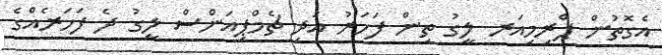
އެގޮތުން ޕްރިމިއަރ ލީގު ތިން ފަހަރު އަދި ޗެމްޕިއަންސް ލީގު ދެ ފަހަރެއްގެ